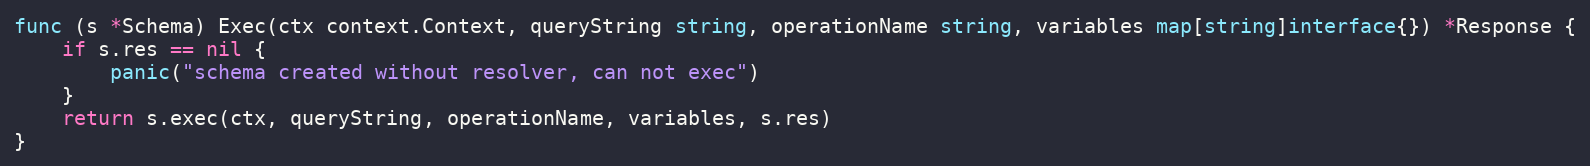
Language: Go
func (s *Schema) Exec(ctx context.Context, queryString string, operationName string, variables map[string]interface{}) *Response {
	if s.res == nil {
		panic("schema created without resolver, can not exec")
	}
	return s.exec(ctx, queryString, operationName, variables, s.res)
}